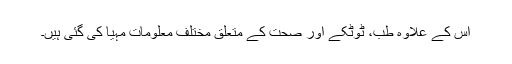
اس کے علاوہ طب، ٹوٹکے اور صحت کے متعلق مختلف معلومات مہیا کی گئی ہیں۔